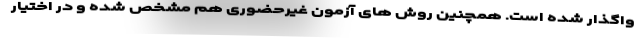
واگذار شده است. همچنین روش های آزمون غیرحضوری هم مشخص شده و در اختیار